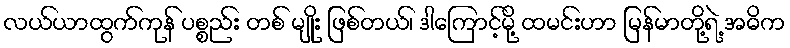
လယ်ယာထွက်ကုန် ပစ္စည်း တစ် မျိုး ဖြစ်တယ်၊ ဒါကြောင့်မို့ ထမင်းဟာ မြန်မာတို့ရဲ့ အဓိက